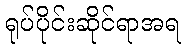
ရုပ်ပိုင်းဆိုင်ရာအရ